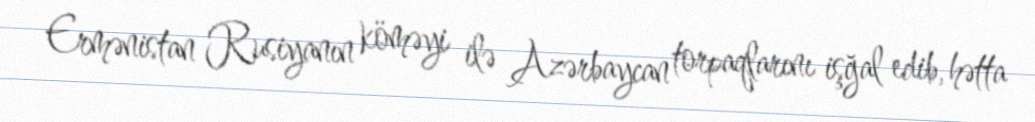
Ermənistan Rusiyanın köməyi ilə Azərbaycan torpaqlarını işğal edib, hətta